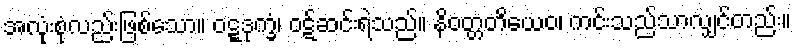
အလုံးစုံလည်းဖြစ်သော။ ဝဋ္ဋဒုက္ခံ၊ ဝဋ်ဆင်းရဲသည်။ နိဝတ္တတိယေဝ၊ ကင်းသည်သာလျှင်တည်း။